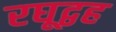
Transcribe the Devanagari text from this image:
रघूद्वह